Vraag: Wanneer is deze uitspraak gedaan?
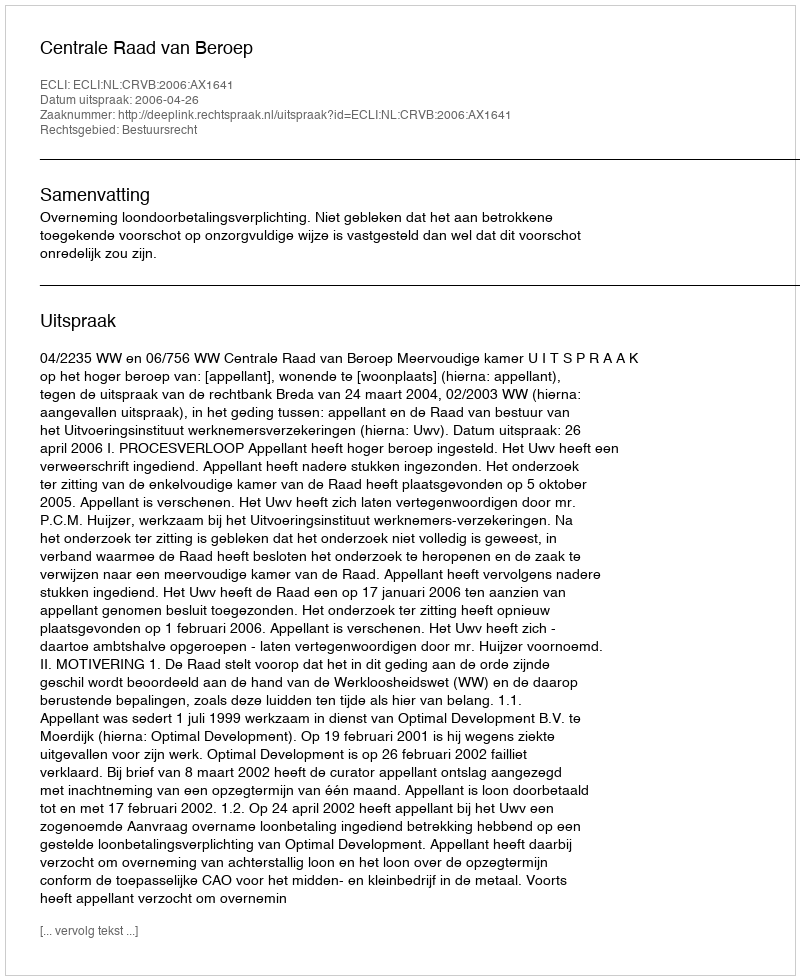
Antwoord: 2006-04-26